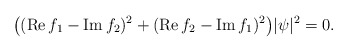
\begin{align*}\big((\operatorname{Re}f_1-\operatorname{Im}f_2)^2+(\operatorname{Re}f_2-\operatorname{Im}f_1)^2\big)|\psi|^2=0.\end{align*}